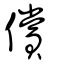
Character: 償